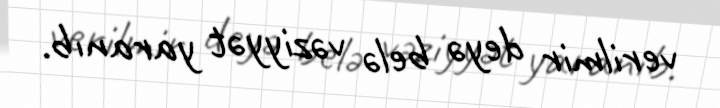
verilmir deyə belə vəziyyət yaranıb.